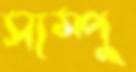
স্যম্পু